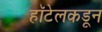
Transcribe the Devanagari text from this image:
हॉटेलकडून